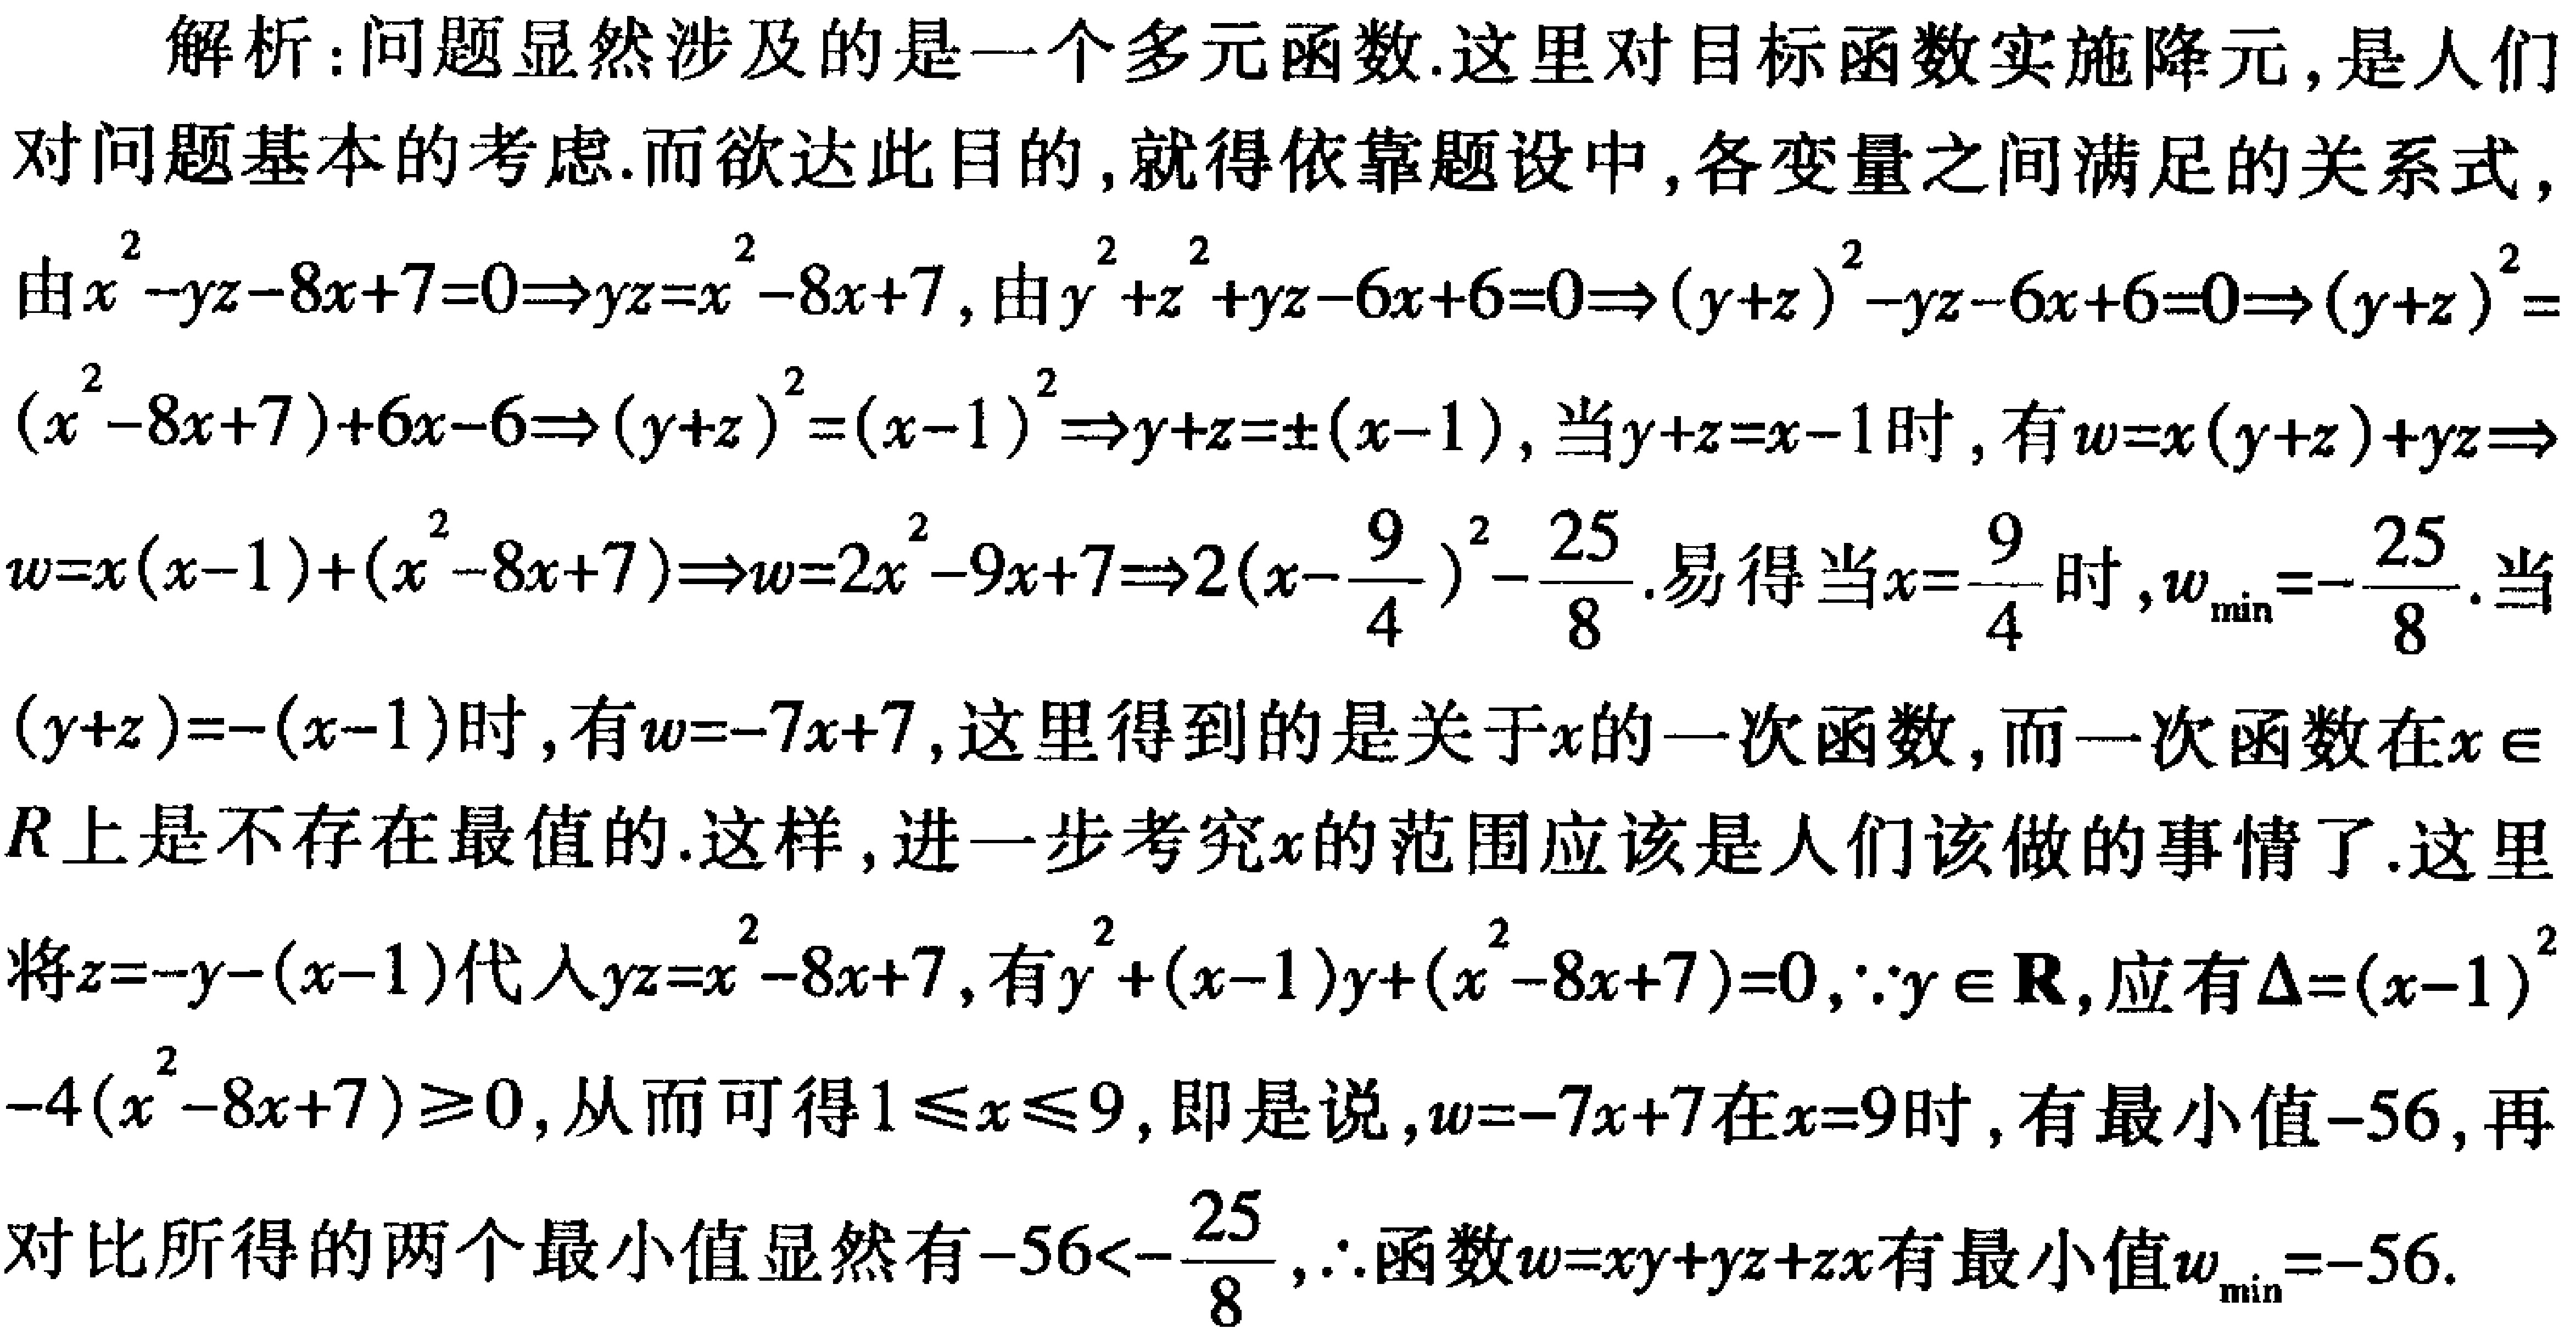
解析：问题显然涉及的是一个多元函数.这里对目标函数实施降元,是人们
对问题基本的考虑.而欲达此目的,就得依靠题设中,各变量之间满足的关系式,
由\(x^{2}-yz - 8x + 7 = 0\Rightarrow yz=x^{2}-8x + 7\), 由\(y^{2}+z^{2}+yz - 6x + 6 = 0\Rightarrow (y + z)^{2}-yz - 6x + 6 = 0\Rightarrow (y + z)^{2}=
(x^{2}-8x + 7)+6x - 6\Rightarrow (y + z)^{2}=(x - 1)^{2}\Rightarrow y + z=\pm(x - 1)\), 当\(y + z=x - 1\)时, 有\(w=x(y + z)+yz\Rightarrow
w=x(x - 1)+(x^{2}-8x + 7)\Rightarrow w=2x^{2}-9x + 7\Rightarrow 2(x-\frac{9}{4})^{2}-\frac{25}{8}\). 易得当\(x=\frac{9}{4}\)时,\(w_{\min}=-\frac{25}{8}\). 当
\((y + z)=-(x - 1)\)时, 有\(w=-7x + 7\), 这里得到的是关于\(x\)的一次函数, 而一次函数在\(x\in
R\)上是不存在最值的.这样,进一步考究\(x\)的范围应该是人们该做的事情了.这里
将\(z=-y-(x - 1)\)代入\(yz=x^{2}-8x + 7\), 有\(y^{2}+(x - 1)y+(x^{2}-8x + 7)=0\),\(\because y\in \mathbf{R}\), 应有\(\Delta=(x - 1)^{2}
-4(x^{2}-8x + 7)\geqslant0\), 从而可得\(1\leqslant x\leqslant9\), 即是说,\(w=-7x + 7\)在\(x = 9\)时, 有最小值\(-56\), 再
对比所得的两个最小值显然有\(-56<-\frac{25}{8}\),\(\therefore\)函数\(w=xy + yz+zx\)有最小值\(w_{\min}=-56\).